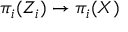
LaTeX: \pi _ { i } ( Z _ { i } ) \to \pi _ { i } ( X )